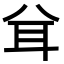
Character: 𦔯